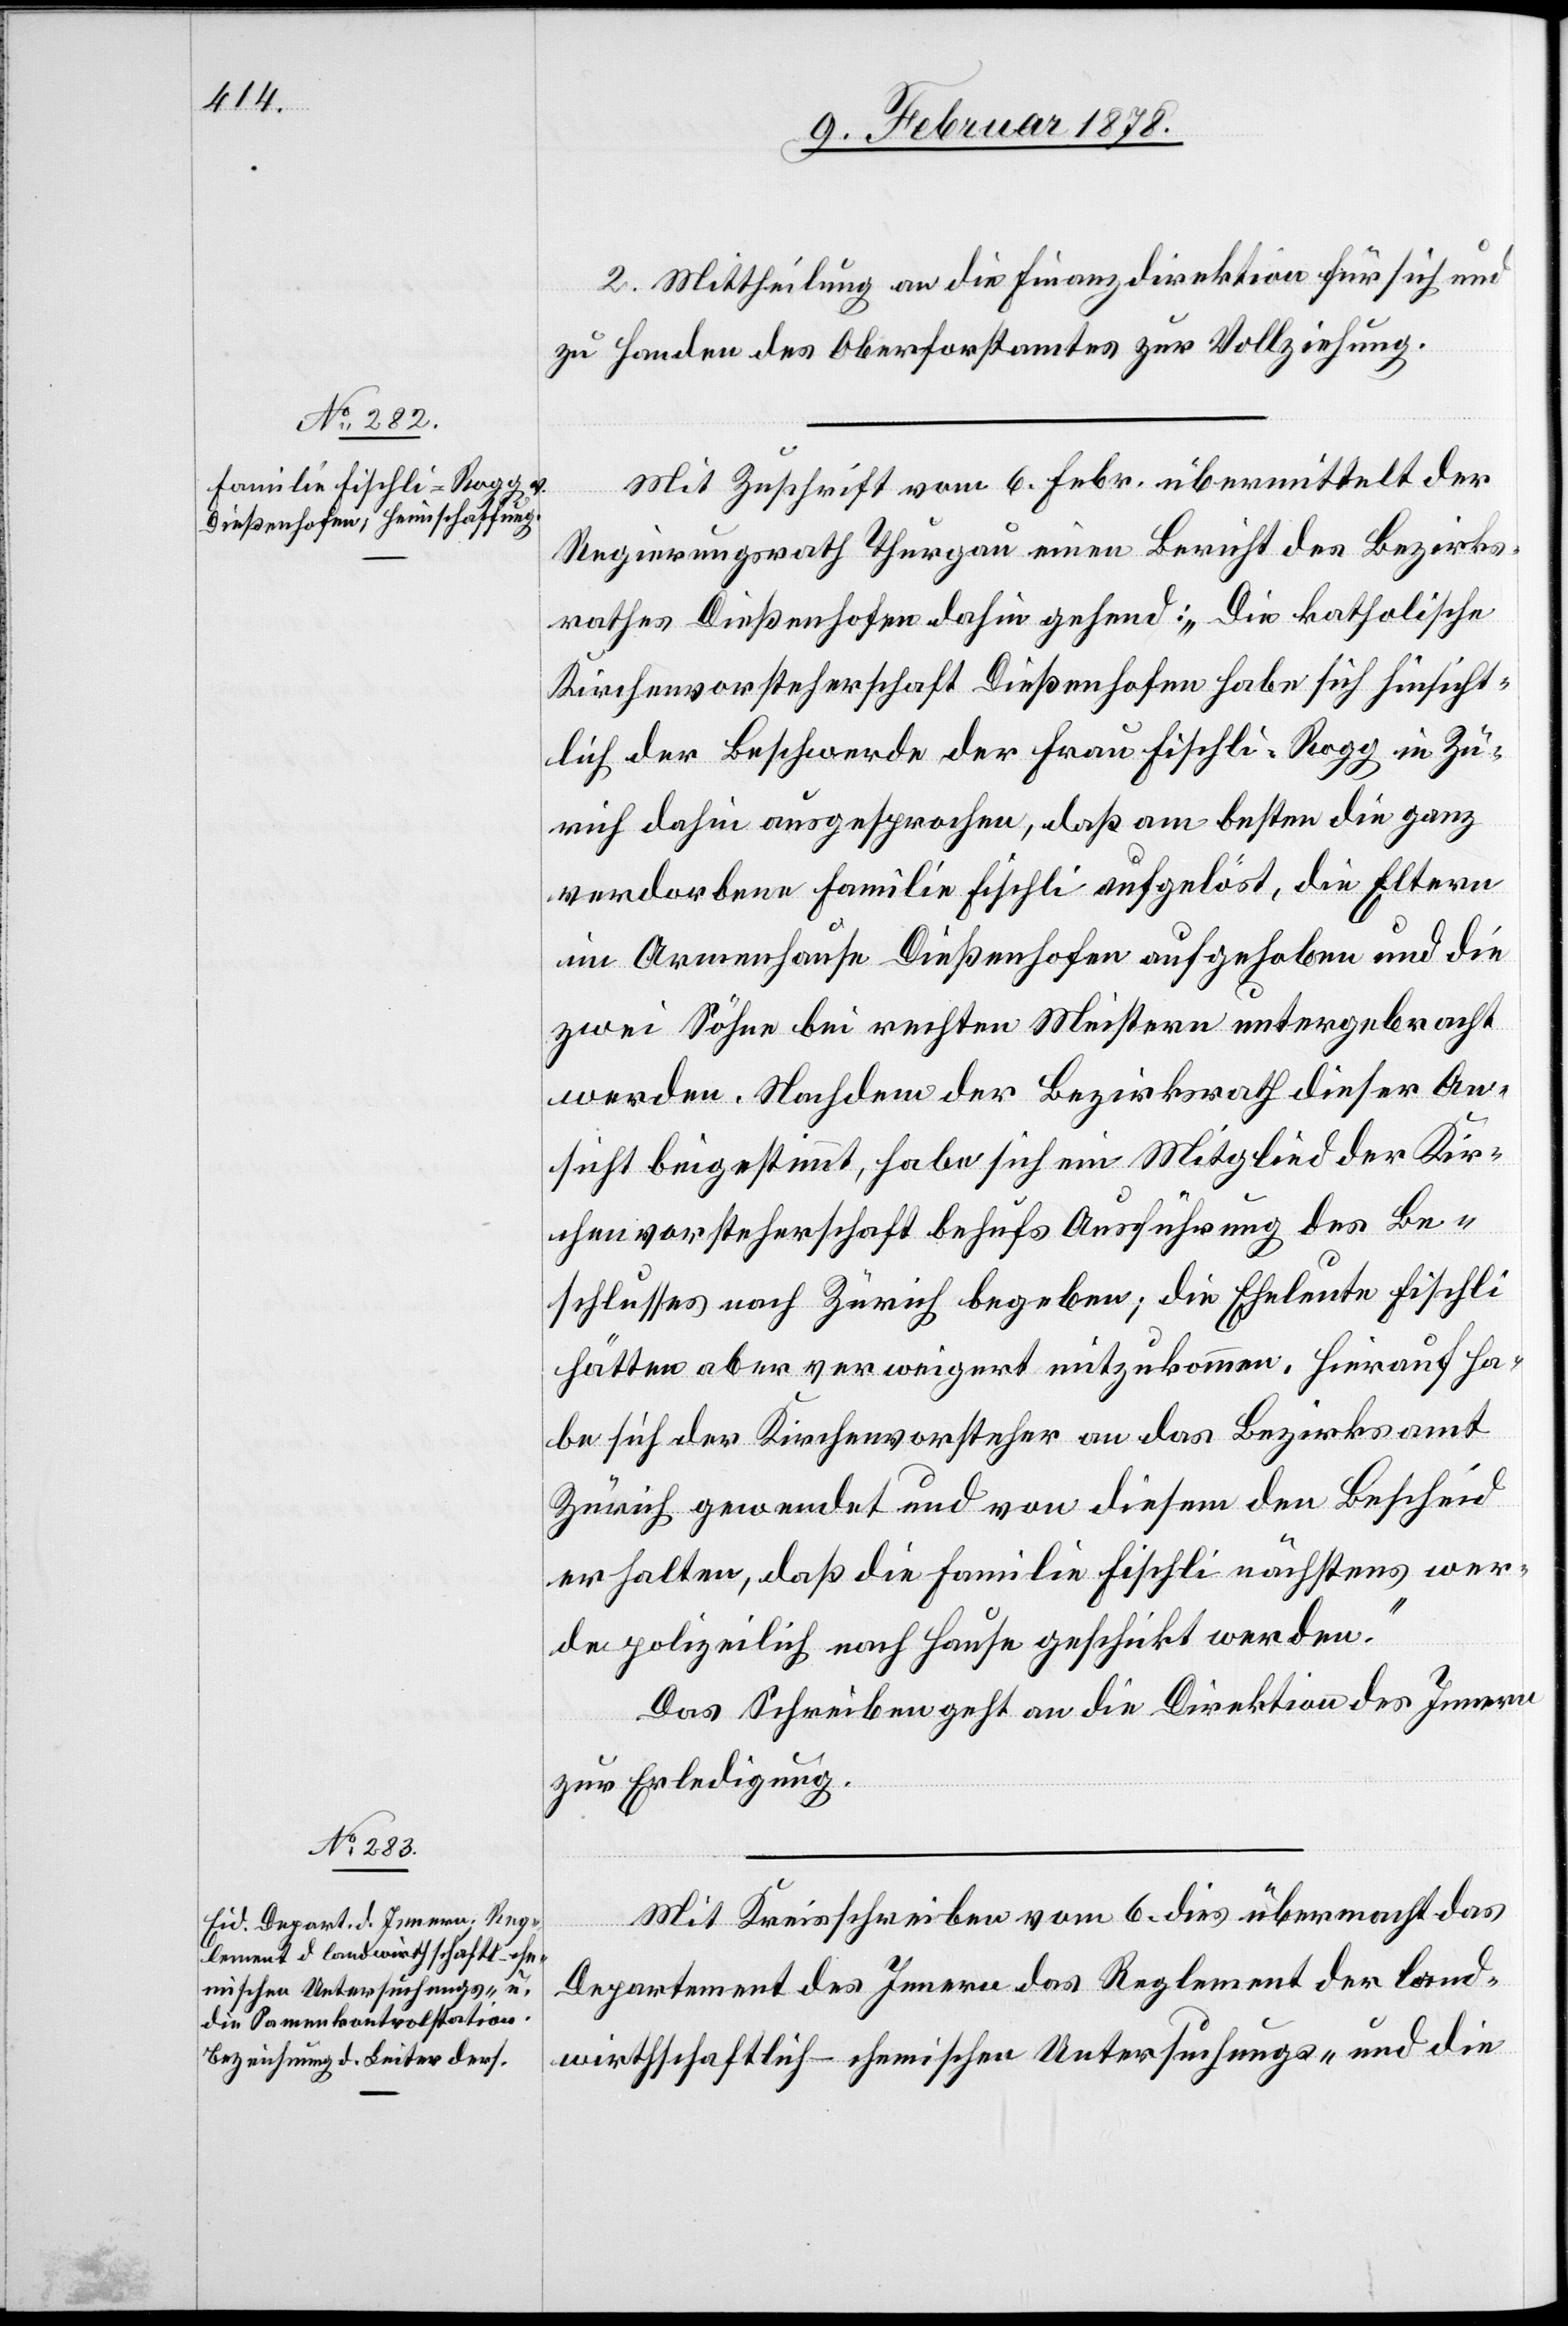
2. Mittheilung an die Finanzdirektion für sich und
zu Handen des Oberforstamtes zur Vollziehung.
Mit Zuschrift vom 6. Febr. übermittelt der
Regierungsrath Thurgau einen Bericht des Bezirks¬
rathes Dießenhofen dahin gehend: „Die katholische
Kirchenvorsteherschaft Dießenhofen habe sich hinsicht¬
lich der Beschwerde der Frau Fischli-Rogg in Zü¬
rich dahin ausgesprochen, daß am besten die ganze
verdorbene Familie Fischli aufgelöst, die Eltern
im Armenhause Dießenhofen aufgehoben und die
zwei Söhne bei rechten Meistern untergebracht
werden. Nachdem der Bezirksrath dieser An¬
sicht beigestimmt, habe sich ein Mitglied der Kir¬
chenvorsteherschaft behufs Ausführung des Be¬
schlusses nach Zürich begeben; die Eheleute Fischli
hätten aber verweigert mitzukommen. Hierauf ha¬
be sich der Kirchenvorsteher an das Bezirksamt
Zürich gewendet und von diesem den Bescheid
erhalten, daß die Familie Fischli nächstens wer¬
de polizeilich nach Hause geschickt werden.“
Das Schreiben geht an die Direktion des Innern
zur Erledigung.
Mit Kreisschreiben vom 6. dies übermacht das
Departement des Innern das Reglement der land¬
wirthschaftlich-chemischen Untersuchungs- und die